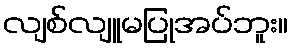
လျစ်လျူမပြုအပ်ဘူး။